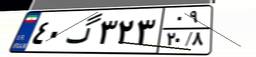
۴۰گ۳۲۳۰۹